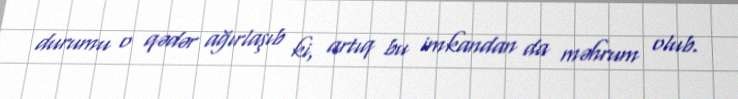
durumu o qədər ağırlaşıb ki, artıq bu imkandan da məhrum olub.